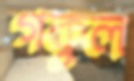
গকুল